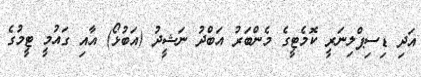
އަދި ޑިސިޕްލިނަރީ ކޮމެޓީގެ މެންބަރު އަބްދު ނަޝީދު (އަބުޅޯ) އާއި ގައުމީ ޓީމުގެ